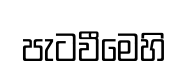
පැටවීමෙහි